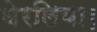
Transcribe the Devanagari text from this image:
घेरलिया।